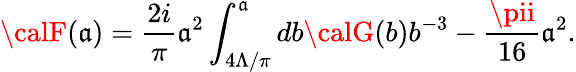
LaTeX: {\calF}(\mathfrak{a})={\frac{{2i}}{{\pi}}}\mathfrak{a}^{2}\int_{4\Lambda/\pi}^{\mathfrak{a}}db{\calG}(b)b^{-3}-{\frac{{\pii}}{{16}}}\mathfrak{a}^{2}.